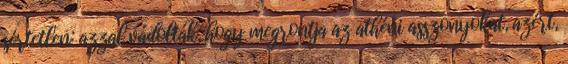
sértetlen: azzal vádolták, hogy megrontja az athéni asszonyokat, azért,